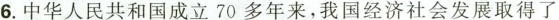
6.中华人民共和国成立70多年来，我国经济社会发展取得了